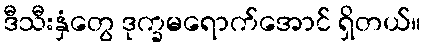
ဒီသီးနှံတွေ ဒုက္ခမရောက်အောင် ရှိတယ်။